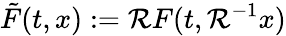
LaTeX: \tilde{F}(t,x):=\mathcal{R}F(t,\mathcal{R}^{-1}x)